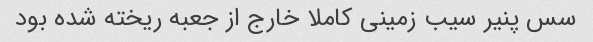
سس پنیر سیب زمینی کاملا خارج از جعبه ریخته شده بود